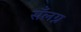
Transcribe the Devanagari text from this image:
सँलग्न